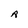
Character: R